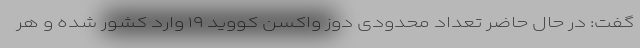
گفت: در حال حاضر تعداد محدودی دوز واکسن کووید ۱۹ وارد کشور شده و هر